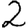
Digit: 2